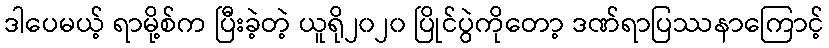
ဒါပေမယ့် ရာမို့စ်က ပြီးခဲ့တဲ့ ယူရို၂၀၂၀ ပြိုင်ပွဲကိုတော့ ဒဏ်ရာပြဿနာကြောင့်